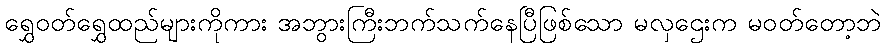
ရွှေဝတ်ရွှေထည်များကိုကား အဘွားကြီးဘက်သက်နေပြီဖြစ်သော မလှဌေးက မဝတ်တော့ဘဲ